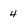
Character: 4